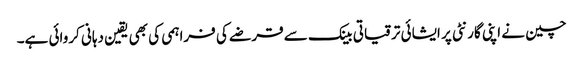
چین نے اپنی گارنٹی پر ایشائی ترقیاتی بینک سے قرضے کی فراہمی کی بھی یقین دہانی کروائی ہے۔